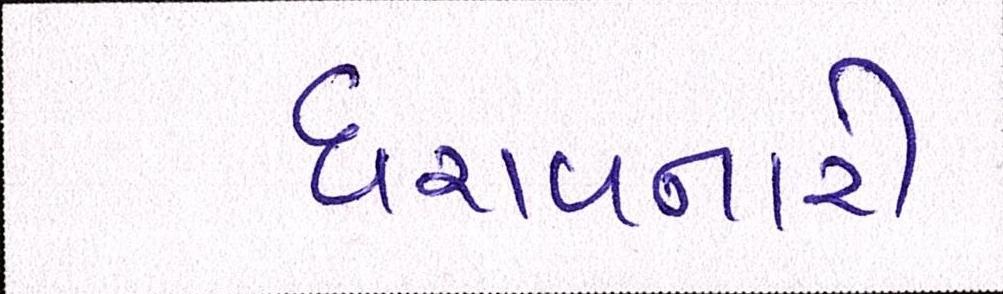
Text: ધરાવનારી